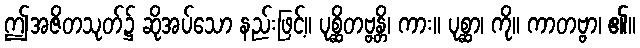
ဤအဇိတသုတ်၌ ဆိုအပ်သော နည်းဖြင့်။ ပုစ္ဆိတဗ္ဗန္တိ၊ ကား။ ပုစ္ဆာ၊ ကို။ ကာတဗ္ဗာ၊ ၏။